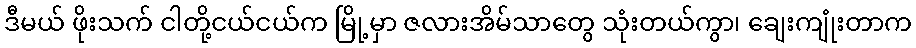
ဒီမယ် ဖိုးသက် ငါတို့ငယ်ငယ်က မြို့မှာ ဇလားအိမ်သာတွေ သုံးတယ်ကွာ၊ ချေးကျုံးတာက